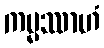
ကမ္မဿာဟံ